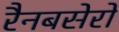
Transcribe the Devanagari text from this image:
रैनबसेरों